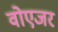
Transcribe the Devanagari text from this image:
वोएजर